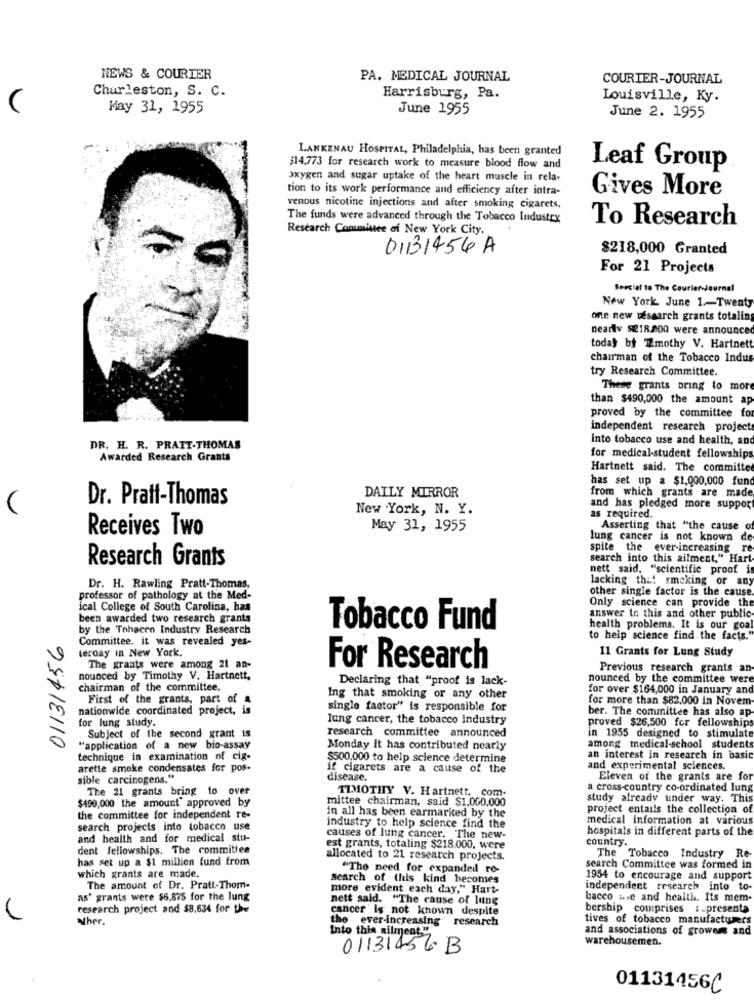
NEWS & COURIER
PA. MEDICAL JOURNAL
COURIER-JOURNAL
Charleston, S. C.
Harrisburg, Pa.
Louisville, Ky.
May 31, 1955
June 1955
June 2. 1955
LANKENAU HOSPITAL, Philadelphia, has been granted
$14,773 for research work to measure blood flow and
Leaf Group
oxygen and sugar uptake of the heart muscle in rela-
tion to its work performance and efficiency after intra-
Gives More
venous nicotine injections and after smoking cigarets.
The funds were advanced through the Tobacco Industrx
To Research
Research Committee of New York City.
01131456 A
$218,000 Granted
For 21 Projects
Special to The Courier-Journal
New York June 1 .- Twenty
one-new research grants totaling
nearly $218,200 were announced
today by Timothy V. Hartnett
chairman of the Tobacco Indus
try Research Committee.
These grants bring to more
than $490,000 the amount ap
proved by the committee for
independent research projects
into tobacco use and health, and
DR. H. R. PRATT-THOMAS
Awarded Research Grants
for medical-student fellowships
Hartnett said. The committe
has set up a $1,000,000 fun
from which grants are made
Dr. Pratt-Thomas
DAILY MIRROR
New York, N. Y.
and has pledged more suppor
as required.
Receives Two
May 31, 1955
Asserting that "the cause of
lung cancer is not known
spite the ever-increasing re
Research Grants
search into this ailment," Hart
nett said, "scientific proof is
lacking that smoking or any
Dr. H. Rawling Pratt-Thomas,
other single factor is the cause
professor of pathology at the Med-
Only science can provide the
ical College of South Carolina, has
answer to this and other public
been awarded two research grants
by the Tnhacen Industry Research
Tobacco Fund
health problems. It is our goal
01131456
Committee. it was revealed yes-
to help science find the facts.
teroay In New York.
11 Grants for Lung Study
The grants were among 21 an-
For Research
Previous research grants an
nounced by Timothy V. Hartnett,
Declaring that "proof is lack-
nounced by the committee were
chairman of the committee.
for over $164,000 in January and
First of the grants, part of a
Ing that smoking or any other
for more than $82.000 in Novem
nationwide coordinated project, is
single factor" is responsible for
ber. The committee has also ap-
for lung study.
lung cancer, the tobacco industry
proved $26,500 fcr fellowships
research committee announced
Subject of the second grant is
in 1955 designed to stimulate
"application of a new bio-assay
Monday it has contributed nearly
among medical-school students
technique in examination of cig-
$500,000 to help science determine
an interest in research in basic
arette smoke condensates for pos.
if cigarets are a cause of the
and experimental sciences.
sible carcinogens."
disease.
Eleven of the grants are for
The 21 grants bring to over
a cross-country co-ordinated lung
$490,000 the amount approved by
mittee chairman, said $1.000,000
TIMOTHY V. Hartnett, com-
study already under way. This
in all has been earmarked by the
project entails the collection of
the committee for independent re-
medical information at various
search projects into tobacco use
industry to help science find the
hospitals in different parts of the
and health and for medical stu-
causes of lung cancer. The new-
country.
dent fellowships. The committee
est grants, totaling $218.000, were
has set up a $1 million fund from
allocated to 21 research projects.
The Tobacco Industry Re-
"The need for expanded re-
search Committee was formed in
which grants are made.
search of this kind becomes
1954 to encourage and support
The amount of Dr. Pratt-Thom-
more evident each day," Hart-
independent research into to-
as' grants were $6,875 for the lung
nett said. "The cause of lung
bacco use and health. Its mem-
research project and $8.634 for the
cancer is not known despite
bership comprises i_presenta
Wher.
the ever-increasing" research
tives of tobacco manufacturers
into this ailment."
and associations of grower and
warehousemen.
01131456 B
01131456C